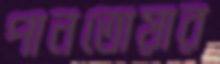
পানতোয়ার